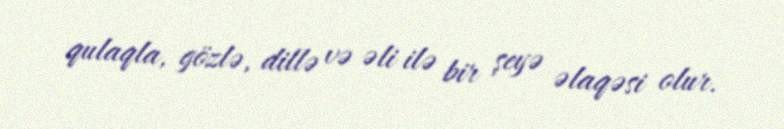
qulaqla, gözlə, dillə və əli ilə bir şeyə əlaqəsi olur.